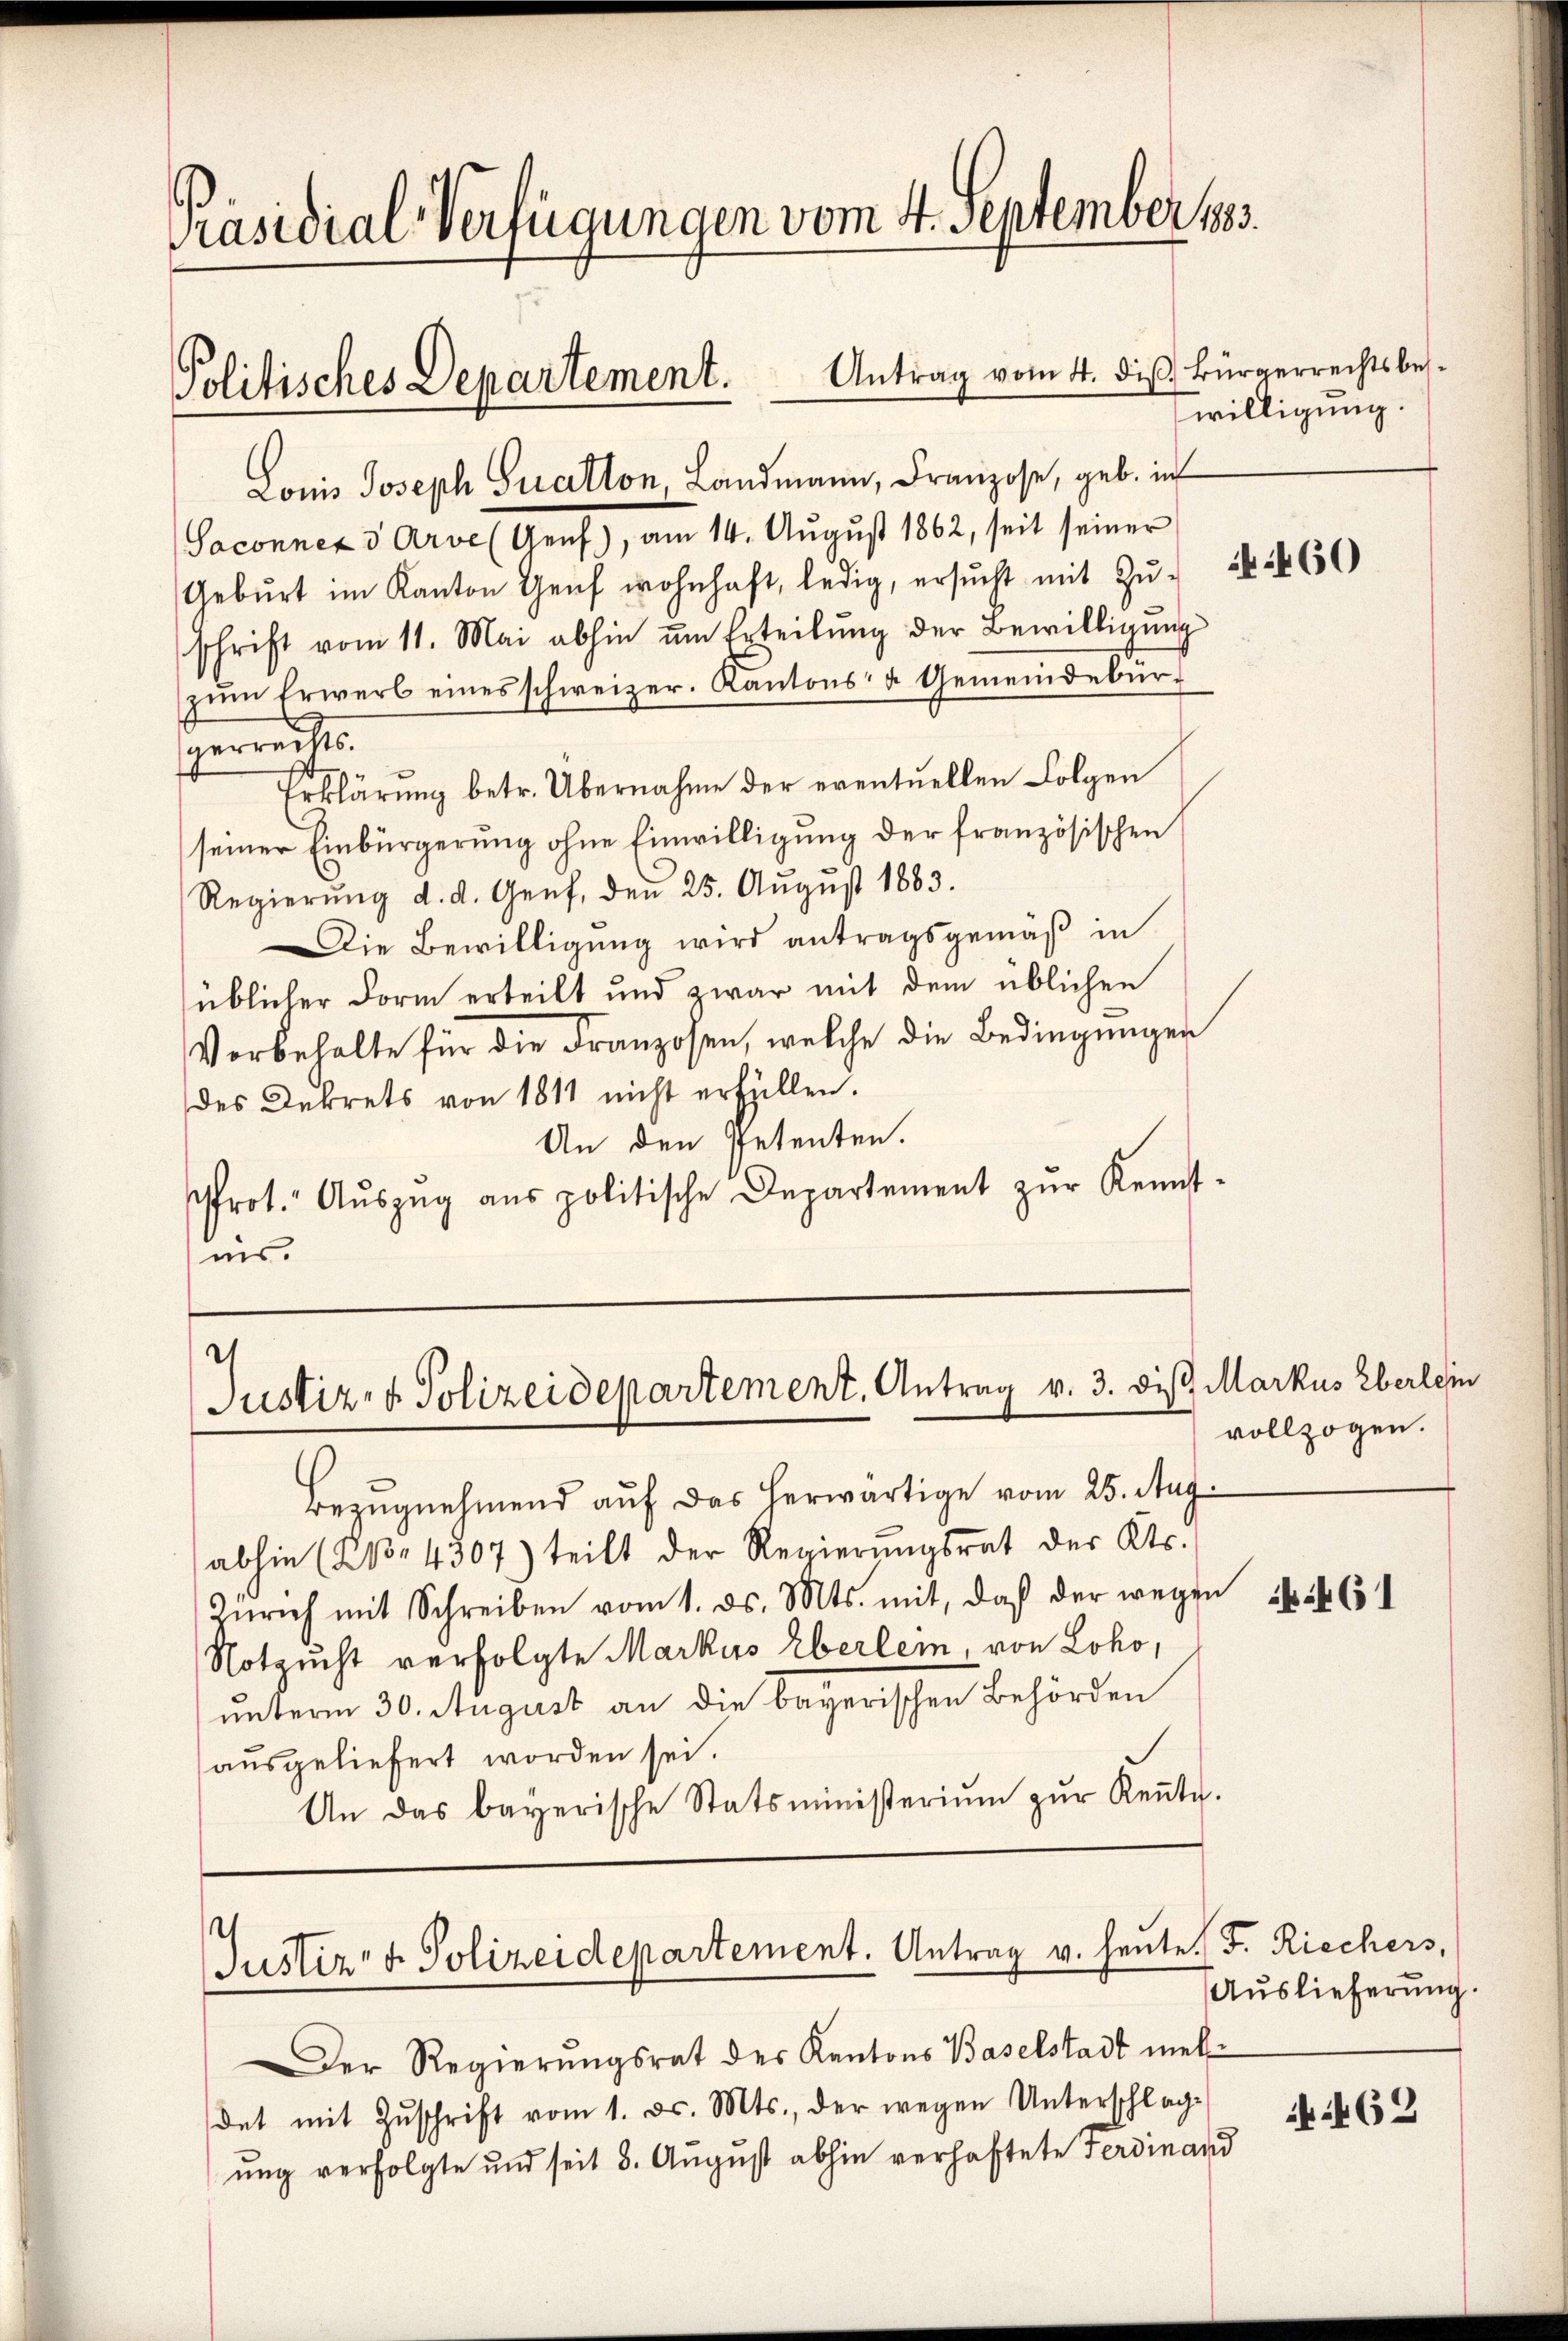
Präsidial-Verfügungen vom 4. September 1883.
Politisches Departement. Antrag vom 4. die Bürgerrechtsbe¬

Lonis Joseph Suatton, Landmann, Franzose, geb. in

Saconnex 3 Arve (Genf), am 14. August 1862, seit seiner
Gebŭrt im Kanton Genf wohnhaft, ledig, ersŭcht mit Zŭ- 460)
schrift vom 11. Mai abhin um Erteilung der Bewilligung
zŭm Erwerb eines schweizer. Kantons- u Gemeindebür-
gerrechts.
Erklärung betr. Übernahme der eventuellen Folgen
seiner Einbürgerung ohne Einwilligung der französischen
Regierŭng d. d. Genf, den 25. Aŭgŭst 1883.
Die Bewilligung wird antragsgemäß in
üblicher Form erteilt und zwar mit dem üblichen
Vorbehalte für die Franzosen, welche die Bedingungen
des Dekrets von 1811 nicht erfüllen.
An den Petenten.
frot. Aŭszŭg aŭs politische Departement zŭr Kennt-
nis.

Justiz- & Polizeidepartement. Antrag v. 3. dis Markus Eberlein

Bezugnehmend auf das herwärtige vom 25. Aug.
abhin (2, 4307) teilt der Regierŭngsrat der Kts.
Zürich mit Schreiben vom 1. ds. Mts. mit, daß der wegen 1546
Notzucht verfolgte Markus Eberlei, von Loko,
unterm 30. August an die bayerischen Behörden
ausgeliefert worden sei.
An das bayerische Statsministerium zur Keṅte.

Justiz- & Polizeidepartement. Antrag v. heute.

willigung.

vollzogen.

Der Regierungsrat des Kantons Baselstadt mehdet mit Zŭschrift vom 1. d. Mts., der wegen Unterschlag-
ung verfolgte und seit 8. August abhin verhaftete Ferdinand

F. Riechers,
Auslieferung.

:462